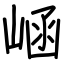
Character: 崡